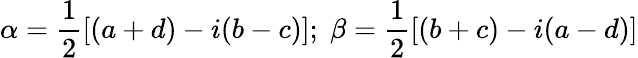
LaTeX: \alpha=\frac{1}{2}[(a+d)-i(b-c)];\; \beta=\frac{1}{2}[(b+c)-i(a-d)]